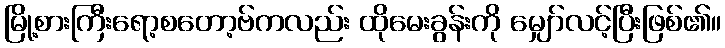
မြို့စားကြီးရော့စတော့ဗ်ကလည်း ထိုမေးခွန်းကို မျှော်လင့်ပြီးဖြစ်၏။